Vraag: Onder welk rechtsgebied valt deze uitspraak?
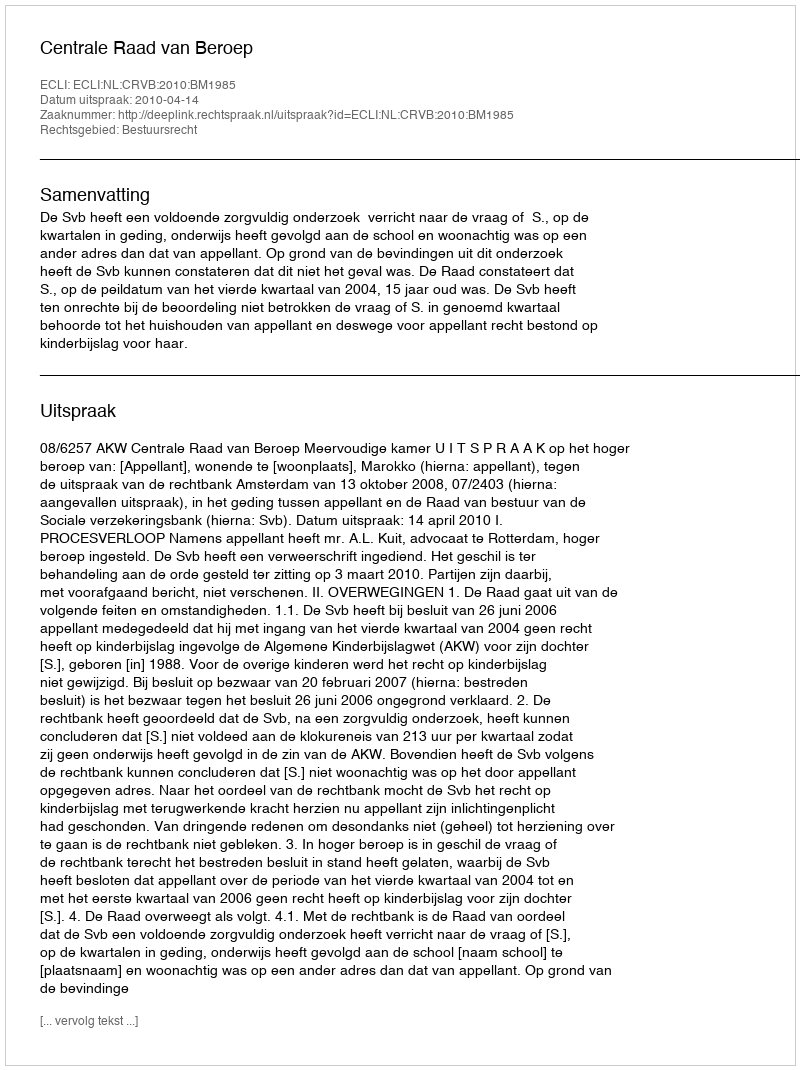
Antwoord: Bestuursrecht